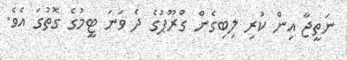
ނަތީޖާ އިން ކުރި ލިބިގެން ގްރޫޕުގެ ދެ ވަނަ ޓީމުގެ ގޮތުގަ އެވެ.